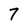
Character: 7